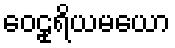
ဝေဠုရိယမယော